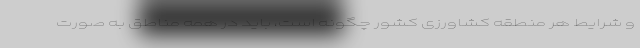
و شرایط هر منطقه کشاورزی کشور چگونه است، باید در همه مناطق به صورت